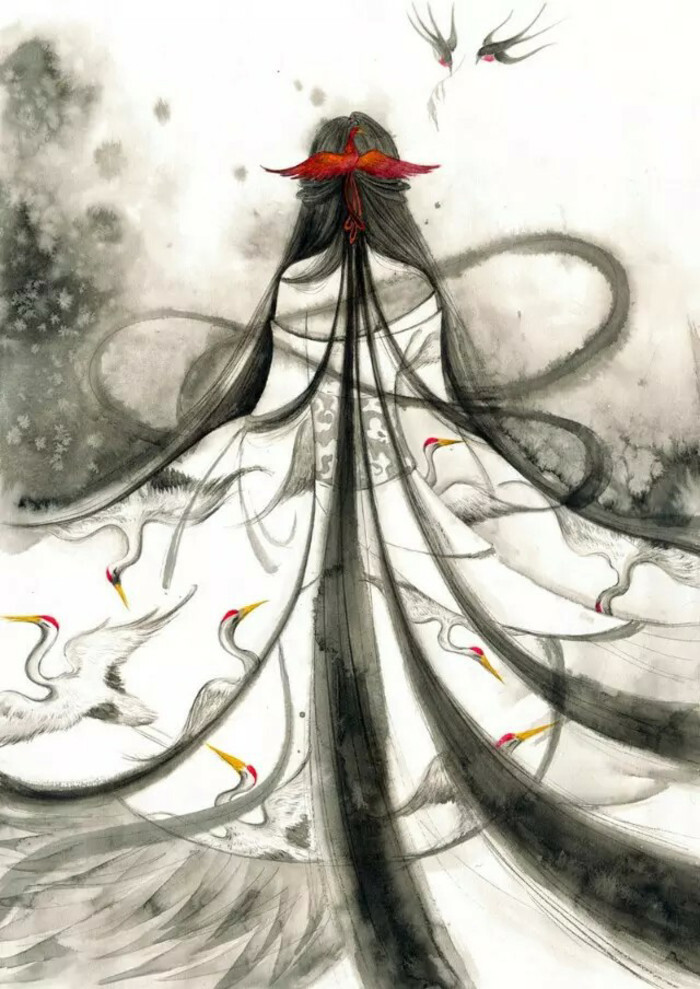
三千丈清愁鬓发，五十年春梦繁华。